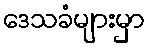
ဒေသခံများမှာ